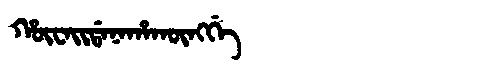
Manchu: ᡥᡡᠸᠠᡳᡩᠠᠨᠠᡥᠠᡴᡡᠩᡤᡝ
Romanization: HŪWAIDANAHAKŪNGGE